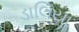
ડાલિયા